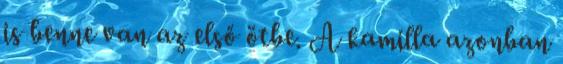
is benne van az első ötbe. A kamilla azonban